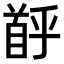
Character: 𫗶